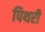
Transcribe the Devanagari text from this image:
पिथरी